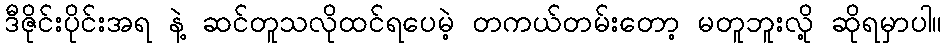
ဒီဇိုင်းပိုင်းအရ နဲ့ ဆင်တူသလိုထင်ရပေမဲ့ တကယ်တမ်းတော့ မတူဘူးလို့ ဆိုရမှာပါ။